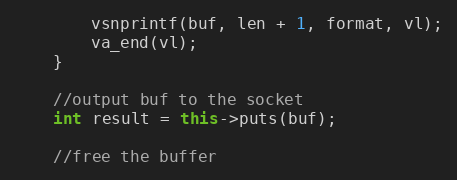
Language: C++
		vsnprintf(buf, len + 1, format, vl);
		va_end(vl);
	}

	//output buf to the socket
	int result = this->puts(buf);

	//free the buffer